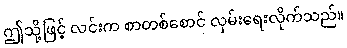
ဤသို့ဖြင့် လင်းက စာတစ်စောင် လှမ်းရေးလိုက်သည်။